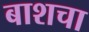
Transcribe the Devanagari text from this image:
बाशचा